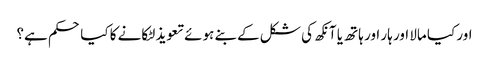
اور کیا مالا اور ہار اور ہاتھ یا آنکھ کی شکل کے بنے ہوئے تعویذ لٹکانے کا کیا حکم ہے؟